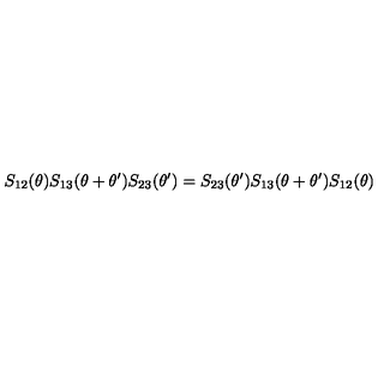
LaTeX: S _ { 1 2 } ( \theta ) S _ { 1 3 } ( \theta + \theta ^ { \prime } ) S _ { 2 3 } ( \theta ^ { \prime } ) = S _ { 2 3 } ( \theta ^ { \prime } ) S _ { 1 3 } ( \theta + \theta ^ { \prime } ) S _ { 1 2 } ( \theta )